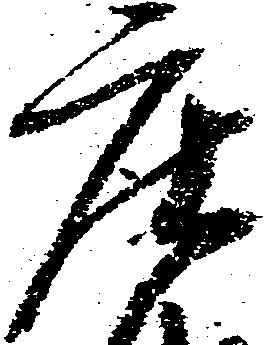
庄